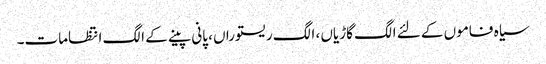
سیاہ فاموں کے لئے الگ گاڑیاں ، الگ ریستوراں ، پانی پینے کے الگ انتظامات۔